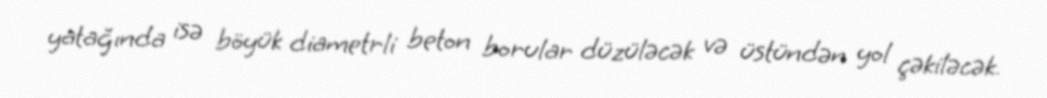
yatağında isə böyük diametrli beton borular düzüləcək və üstündən yol çəkiləcək.